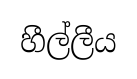
හීල්ලීය